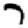
Digit: 7